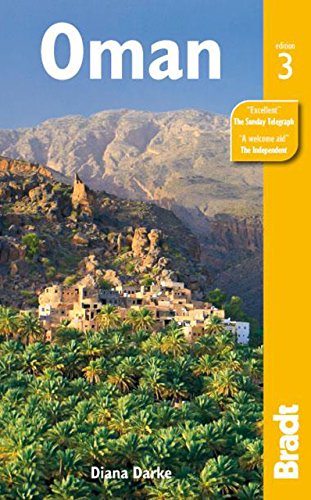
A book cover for Oman (Bradt Travel Guide); Diana Darke; Travel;